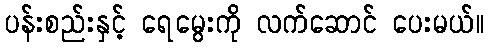
ပန်းစည်းနှင့် ရေမွေးကို လက်ဆောင် ပေးမယ်။